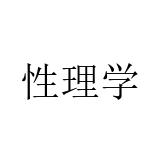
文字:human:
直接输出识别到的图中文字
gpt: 性理学